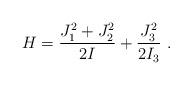
LaTeX: \begin{align*}H=\frac{J_1^2+J_2^2}{2I}+\frac{J_3^2}{2I_3}~.\end{align*}